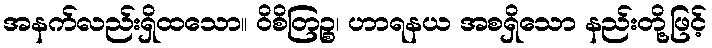
အနက်လည်းရှိထသော။ ဝိစိတြဉ္စ၊ ဟာရနယ အစရှိသော နည်းတို့ဖြင့်